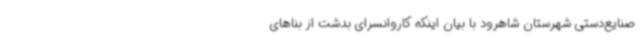
صنایع‌دستی شهرستان شاهرود با بیان اینکه کاروانسرای بدشت از بناهای